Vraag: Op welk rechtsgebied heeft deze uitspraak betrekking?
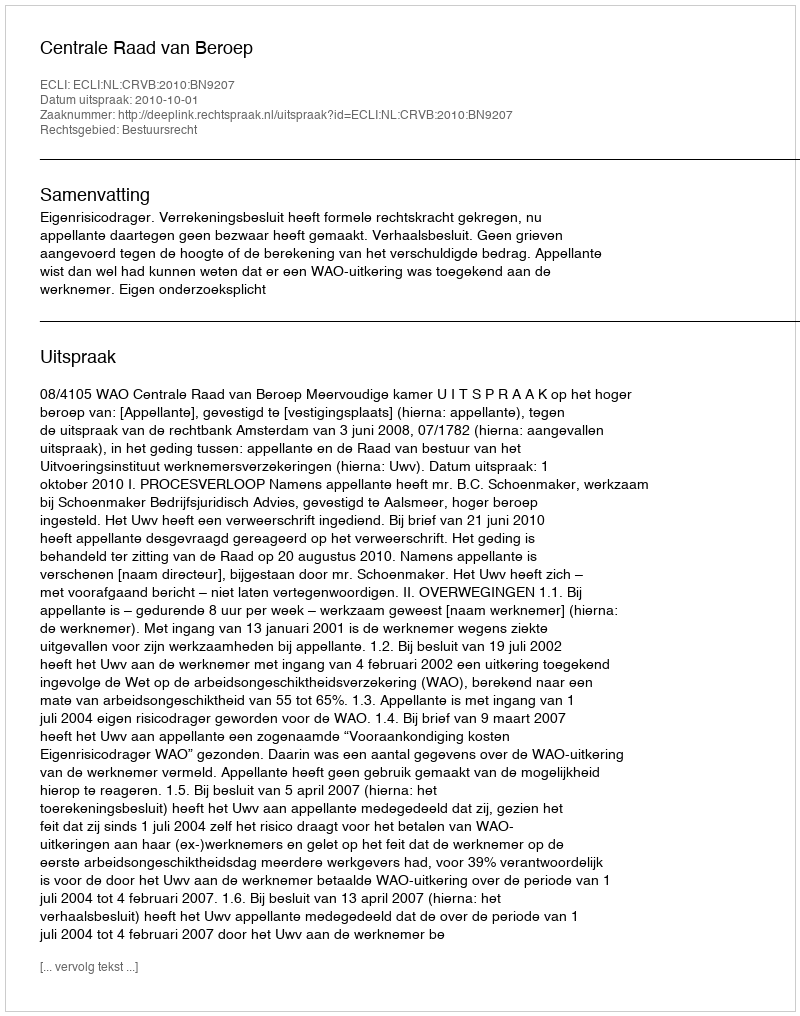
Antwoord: Bestuursrecht